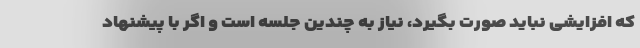
که افزایشی نباید صورت بگیرد، نیاز به چندین جلسه است و اگر با پیشنهاد